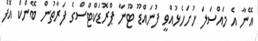
އޭނާ އެ މައްސަލަ ހުށަހެޅުއްވީ ފުނައްޑޫ ޓޫނާ ޕްރޮޑަކްޓްސްގެ ފަރާތުން ބޭންކް އޮފް